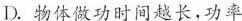
D.物体做功时间越长，功率